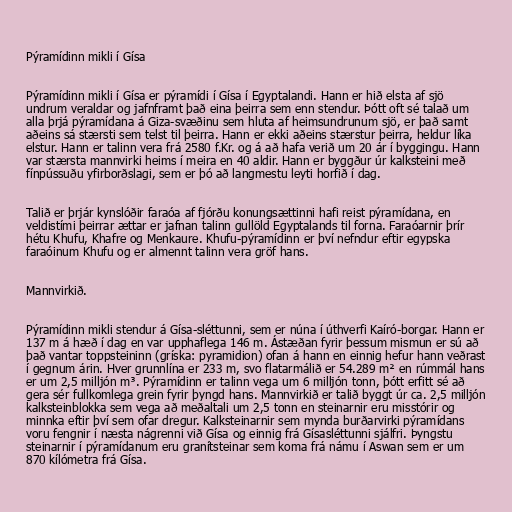
Pýramídinn mikli í Gísa

Pýramídinn mikli í Gísa er pýramídi í Gísa í Egyptalandi. Hann er hið elsta af sjö
undrum veraldar og jafnframt það eina þeirra sem enn stendur. Þótt oft sé talað um
alla þrjá pýramídana á Giza-svæðinu sem hluta af heimsundrunum sjö, er það samt
aðeins sá stærsti sem telst til þeirra. Hann er ekki aðeins stærstur þeirra, heldur líka
elstur. Hann er talinn vera frá 2580 f.Kr. og á að hafa verið um 20 ár í byggingu. Hann
var stærsta mannvirki heims í meira en 40 aldir. Hann er byggður úr kalksteini með
fínpússuðu yfirborðslagi, sem er þó að langmestu leyti horfið í dag.

Talið er þrjár kynslóðir faraóa af fjórðu konungsættinni hafi reist pýramídana, en
veldistími þeirrar ættar er jafnan talinn gullöld Egyptalands til forna. Faraóarnir þrír
hétu Khufu, Khafre og Menkaure. Khufu-pýramídinn er því nefndur eftir egypska
faraóinum Khufu og er almennt talinn vera gröf hans.

Mannvirkið.

Pýramídinn mikli stendur á Gísa-sléttunni, sem er núna í úthverfi Kaíró-borgar. Hann er
137 m á hæð í dag en var upphaflega 146 m. Ástæðan fyrir þessum mismun er sú að
það vantar toppsteininn (gríska: pyramidion) ofan á hann en einnig hefur hann veðrast
í gegnum árin. Hver grunnlína er 233 m, svo flatarmálið er 54.289 m² en rúmmál hans
er um 2,5 milljón m³. Pýramídinn er talinn vega um 6 milljón tonn, þótt erfitt sé að
gera sér fullkomlega grein fyrir þyngd hans. Mannvirkið er talið byggt úr ca. 2,5 milljón
kalksteinblokka sem vega að meðaltali um 2,5 tonn en steinarnir eru misstórir og
minnka eftir því sem ofar dregur. Kalksteinarnir sem mynda burðarvirki pýramídans
voru fengnir í næsta nágrenni við Gísa og einnig frá Gísasléttunni sjálfri. Þyngstu
steinarnir í pýramídanum eru granítsteinar sem koma frá námu í Aswan sem er um
870 kílómetra frá Gísa.